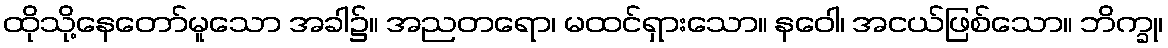
ထိုသို့နေတော်မူသော အခါ၌။ အညတရော၊ မထင်ရှားသော။ နဝေါ၊ အငယ်ဖြစ်သော။ ဘိက္ခု၊